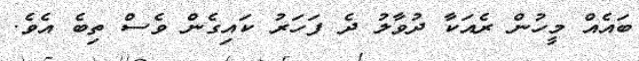
ބައެއް މީހުން ރެއަކާ ދުވާލު ދެ ފަހަރު ކައިގެން ވެސް ތިބެ އެވެ.